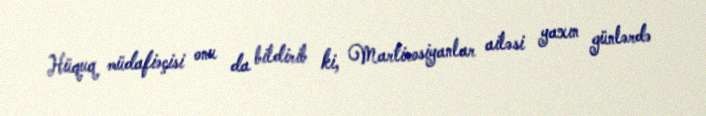
Hüquq müdafiəçisi onu da bildirib ki, Martirosiyanlar ailəsi yaxın günlərdə